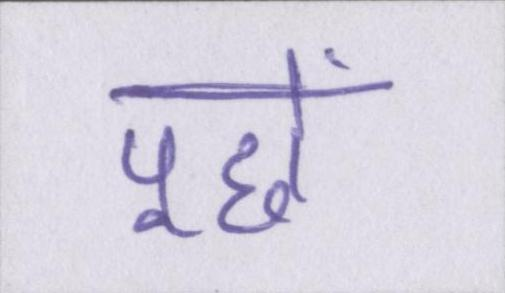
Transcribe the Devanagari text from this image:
पूछें